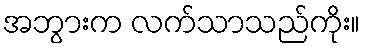
အဘွားက လက်သာသည်ကိုး။